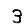
Digit: 3